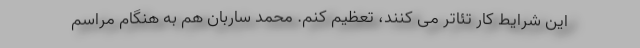
این شرایط کار تئاتر می کنند، تعظیم کنم. محمد ساربان هم به هنگام مراسم